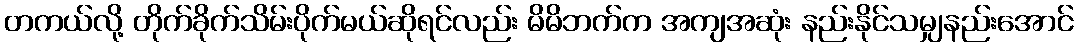
တကယ်လို့ တိုက်ခိုက်သိမ်းပိုက်မယ်ဆိုရင်လည်း မိမိဘက်က အကျအဆုံး နည်းနိုင်သမျှနည်းအောင်